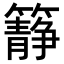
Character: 𥶹